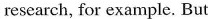
research,for example.But